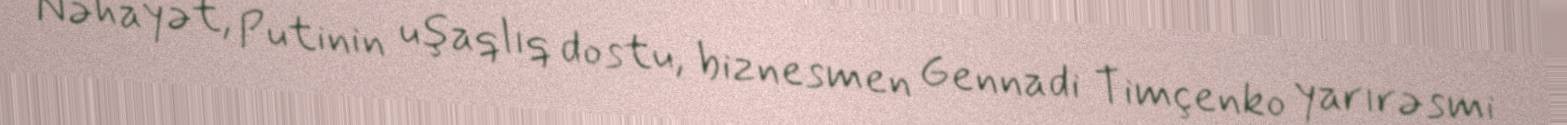
Nəhayət, Putinin uşaqlıq dostu, biznesmen Gennadi Timçenko yarırəsmi